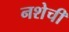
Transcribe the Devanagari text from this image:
नशेची